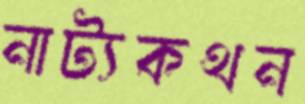
নাট্যকথন